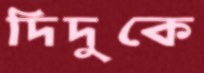
দিদুকে